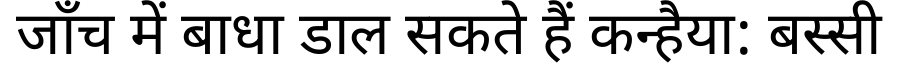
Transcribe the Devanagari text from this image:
जाँच में बाधा डाल सकते हैं कन्हैया: बस्सी